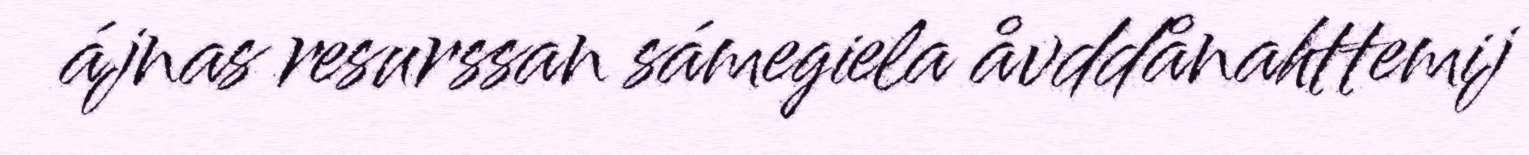
ájnas resurssan sámegiela åvddånahttemij